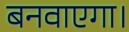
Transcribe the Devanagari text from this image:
बनवाएगा।